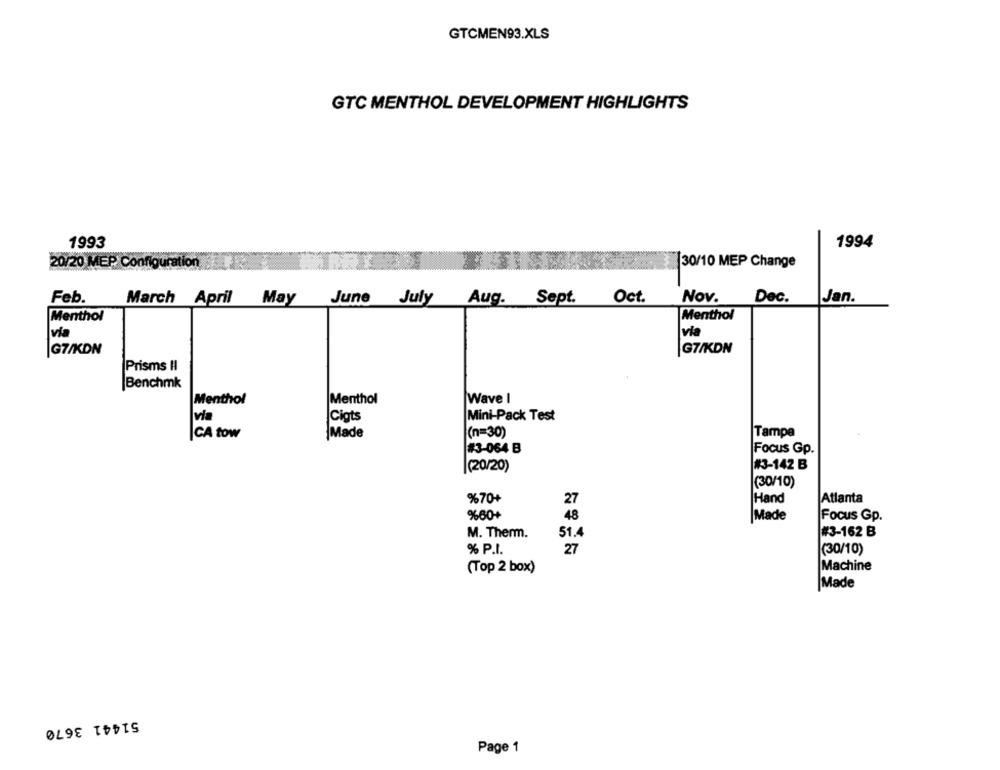
GTCMEN93.XLS
GTC MENTHOL DEVELOPMENT HIGHLIGHTS
1993
1994
20/20 MEP Configuration
30/10 MEP Change
Feb.
March April May June July
Aug. Sept.
Oct.
Nov.
Dec.
Jan.
Menthol
Menthol
via
|via
G7/KDN
G7/KDN
Prisms HI
|Benchmk
Menthol
Wave I
Menthol
Cigts
Mini-Pack Test
via
CA tow
Made
(n=30)
Tampe
#3-064 B
Focus Gp.
(20/20)
#3-142 B
(30/10)
%70+
27
Hand
Atlanta
%60+
48
Made
Focus Gp.
#3-162 B
M. Therm.
51.4
% P.I
27
(30/10)
(Top 2 box)
Machine
Made
51441 3670
Page 1